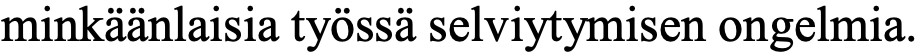
minkäänlaisia työssä selviytymisen ongelmia.